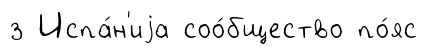
з Испа́н'иjа соо́бщество по́яс